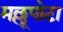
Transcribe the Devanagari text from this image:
मल्लूपोटा